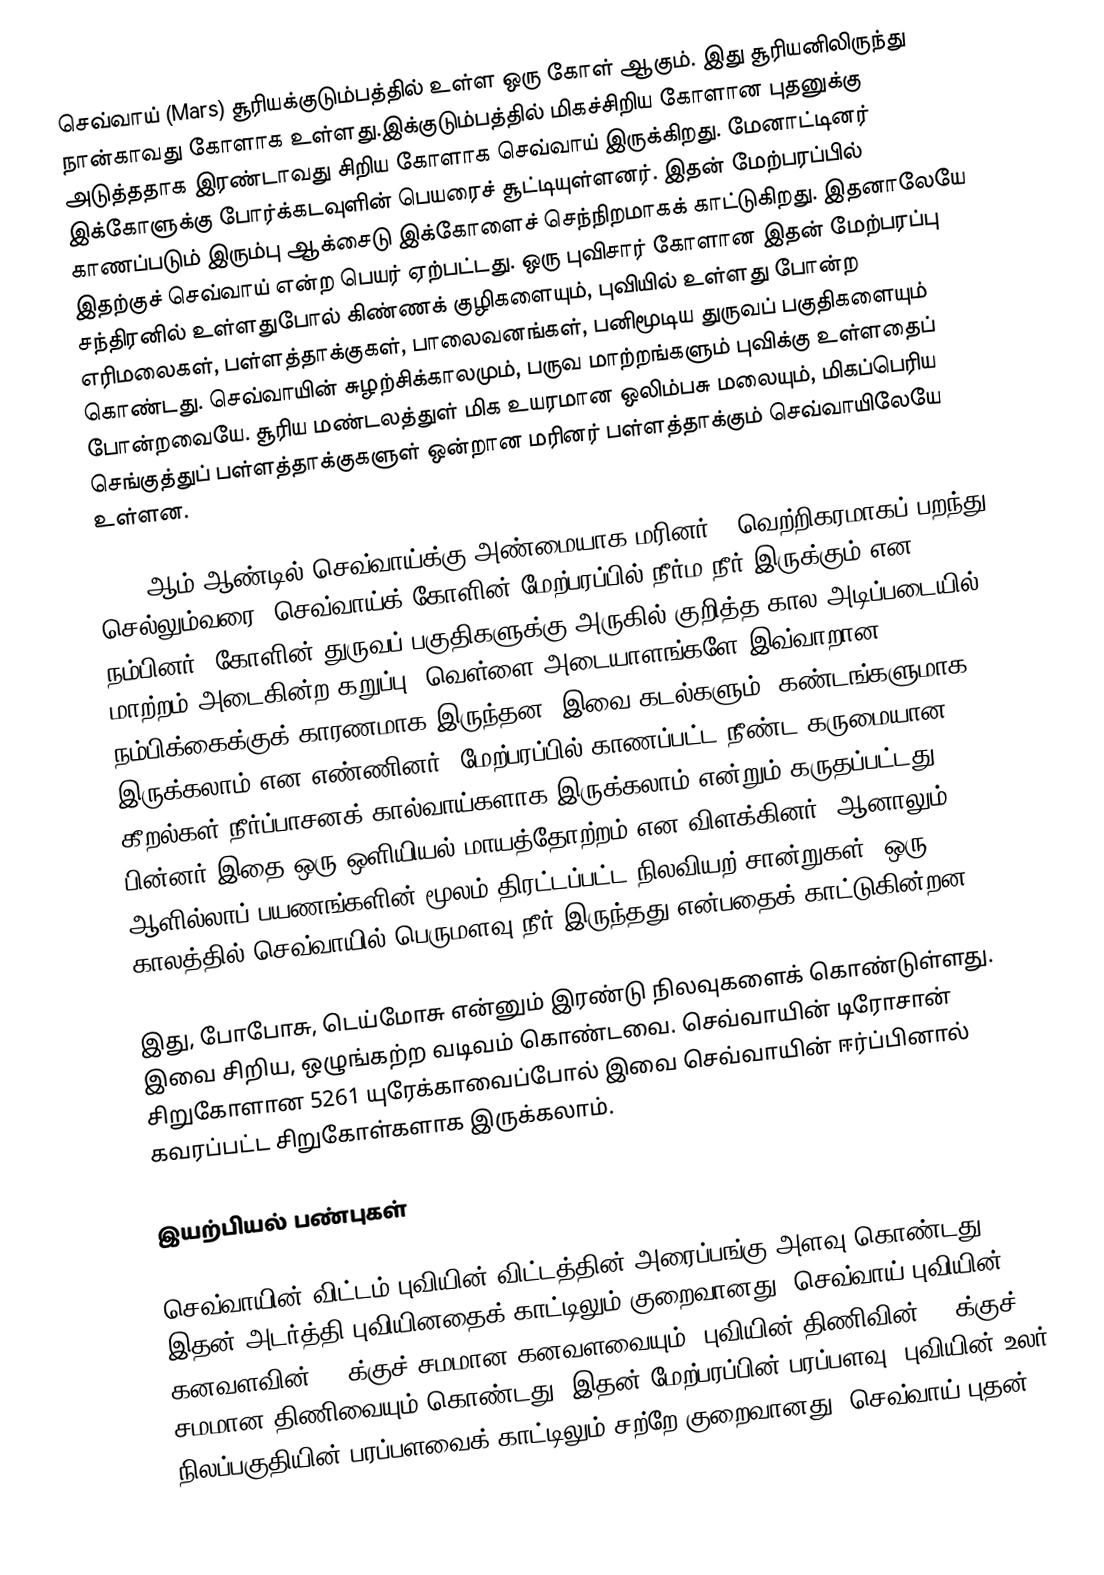
செவ்வாய் (Mars) சூரியக்குடும்பத்தில் உள்ள ஒரு கோள் ஆகும். இது சூரியனிலிருந்து நான்காவது கோளாக உள்ளது.இக்குடும்பத்தில் மிகச்சிறிய கோளான புதனுக்கு அடுத்ததாக இரண்டாவது சிறிய கோளாக செவ்வாய் இருக்கிறது. மேனாட்டினர் இக்கோளுக்கு போர்க்கடவுளின் பெயரைச் சூட்டியுள்ளனர். இதன் மேற்பரப்பில் காணப்படும் இரும்பு ஆக்சைடு இக்கோளைச் செந்நிறமாகக் காட்டுகிறது. இதனாலேயே இதற்குச் செவ்வாய் என்ற பெயர் ஏற்பட்டது. ஒரு புவிசார் கோளான இதன் மேற்பரப்பு சந்திரனில் உள்ளதுபோல் கிண்ணக் குழிகளையும், புவியில் உள்ளது போன்ற எரிமலைகள், பள்ளத்தாக்குகள், பாலைவனங்கள், பனிமூடிய துருவப் பகுதிகளையும் கொண்டது. செவ்வாயின் சுழற்சிக்காலமும், பருவ மாற்றங்களும் புவிக்கு உள்ளதைப் போன்றவையே. சூரிய மண்டலத்துள் மிக உயரமான ஒலிம்பசு மலையும், மிகப்பெரிய செங்குத்துப் பள்ளத்தாக்குகளுள் ஒன்றான மரினர் பள்ளத்தாக்கும் செவ்வாயிலேயே உள்ளன.

1965 ஆம் ஆண்டில் செவ்வாய்க்கு அண்மையாக மரினர் 4 வெற்றிகரமாகப் பறந்து செல்லும்வரை, செவ்வாய்க் கோளின் மேற்பரப்பில் நீர்ம நீர் இருக்கும் என நம்பினர். கோளின் துருவப் பகுதிகளுக்கு அருகில் குறித்த கால அடிப்படையில் மாற்றம் அடைகின்ற கறுப்பு, வெள்ளை அடையாளங்களே இவ்வாறான நம்பிக்கைக்குக் காரணமாக இருந்தன. இவை கடல்களும், கண்டங்களுமாக இருக்கலாம் என எண்ணினர். மேற்பரப்பில் காணப்பட்ட நீண்ட கருமையான கீறல்கள் நீர்ப்பாசனக் கால்வாய்களாக இருக்கலாம் என்றும் கருதப்பட்டது. பின்னர் இதை ஒரு ஒளியியல் மாயத்தோற்றம் என விளக்கினர். ஆனாலும், ஆளில்லாப் பயணங்களின் மூலம் திரட்டப்பட்ட நிலவியற் சான்றுகள், ஒரு காலத்தில் செவ்வாயில் பெருமளவு நீர் இருந்தது என்பதைக் காட்டுகின்றன.

இது, போபோசு, டெய்மோசு என்னும் இரண்டு நிலவுகளைக் கொண்டுள்ளது. இவை சிறிய, ஒழுங்கற்ற வடிவம் கொண்டவை. செவ்வாயின் டிரோசான் சிறுகோளான 5261 யுரேக்காவைப்போல் இவை செவ்வாயின் ஈர்ப்பினால் கவரப்பட்ட சிறுகோள்களாக இருக்கலாம்.

இயற்பியல் பண்புகள்

செவ்வாயின் விட்டம் புவியின் விட்டத்தின் அரைப்பங்கு அளவு கொண்டது. இதன் அடர்த்தி புவியினதைக் காட்டிலும் குறைவானது. செவ்வாய் புவியின் கனவளவின் 15%க்குச் சமமான கனவளவையும், புவியின் திணிவின் 11%க்குச் சமமான திணிவையும் கொண்டது. இதன் மேற்பரப்பின் பரப்பளவு, புவியின் உலர் நிலப்பகுதியின் பரப்பளவைக் காட்டிலும் சற்றே குறைவானது. செவ்வாய் புதன்